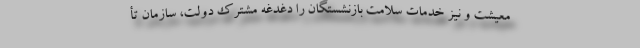
معیشت و نیز خدمات سلامت بازنشستگان را دغدغه مشترک دولت، سازمان تأ